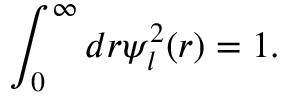
\displaystyle \int _ { 0 } ^ { \infty } d r \psi _ { l } ^ { 2 } ( r ) = 1 .